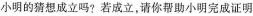
B D c图15-4-22小明的猜想成立吗?若成立，请你帮助小明完成证明